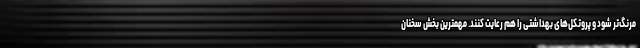
مرنگ‌تر شود و پروتکل‌های بهداشتی را هم رعایت کنند. مهمترین بخش سخنان